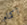
أكمام